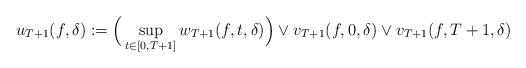
LaTeX: \begin{align*}u_{T+1}(f, \delta) := \Big(\sup_{t\in[0,T+1]}w_{T+1}(f, t, \delta)\Big)\vee v_{T+1}(f, 0, \delta) \vee v_{T+1}(f, T+1, \delta)\end{align*}